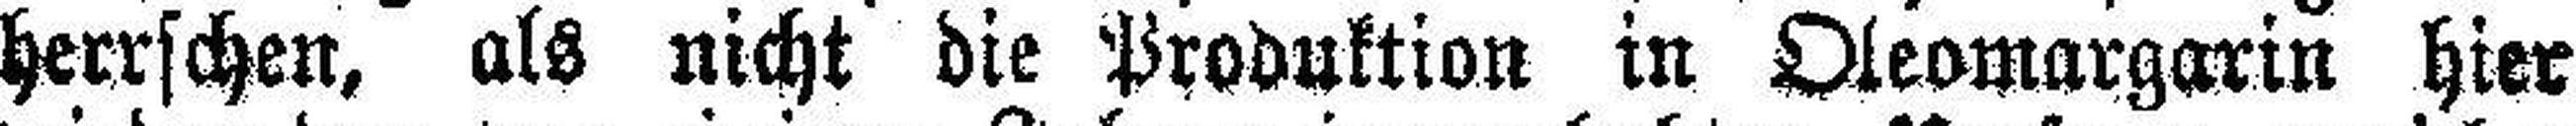
herrschen, als nicht die Produktion in Oleomargarin hier